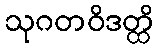
သုဂတဝိဒတ္ထိ